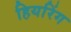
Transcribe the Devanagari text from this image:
हियरिंग